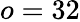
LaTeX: o=32